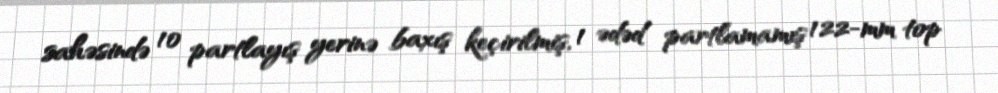
sahəsində 10 partlayış yerinə baxış keçirilmiş, 1 ədəd partlamamış 122-mm top